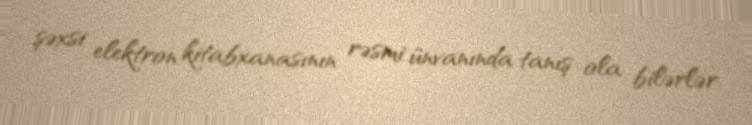
şəxsi elektron kitabxanasının rəsmi ünvanında tanış ola bilərlər.